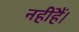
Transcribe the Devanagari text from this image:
नहींहैं।